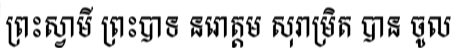
ព្រះស្វាមី ព្រះបាទ នរោត្តម សុរាម្រិត បាន ចូល